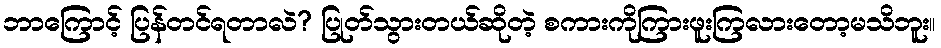
ဘာကြောင့် ပြန်တင်ရတာလဲ? ပြုတ်သွားတယ်ဆိုတဲ့ စကားကိုကြားဖူးကြလားတော့မသိဘူး။